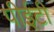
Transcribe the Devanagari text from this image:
पीईटी